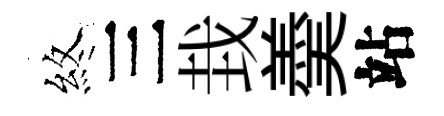
煞三㘽羮站